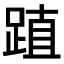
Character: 𨁷